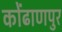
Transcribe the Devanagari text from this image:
कोंढाणपुर